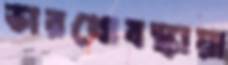
ভারখোবস্কায়া